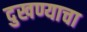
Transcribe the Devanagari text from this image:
दुखण्याचा